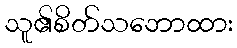
သူ၏စိတ်သဘောထား